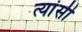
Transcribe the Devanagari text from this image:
त्यांसी